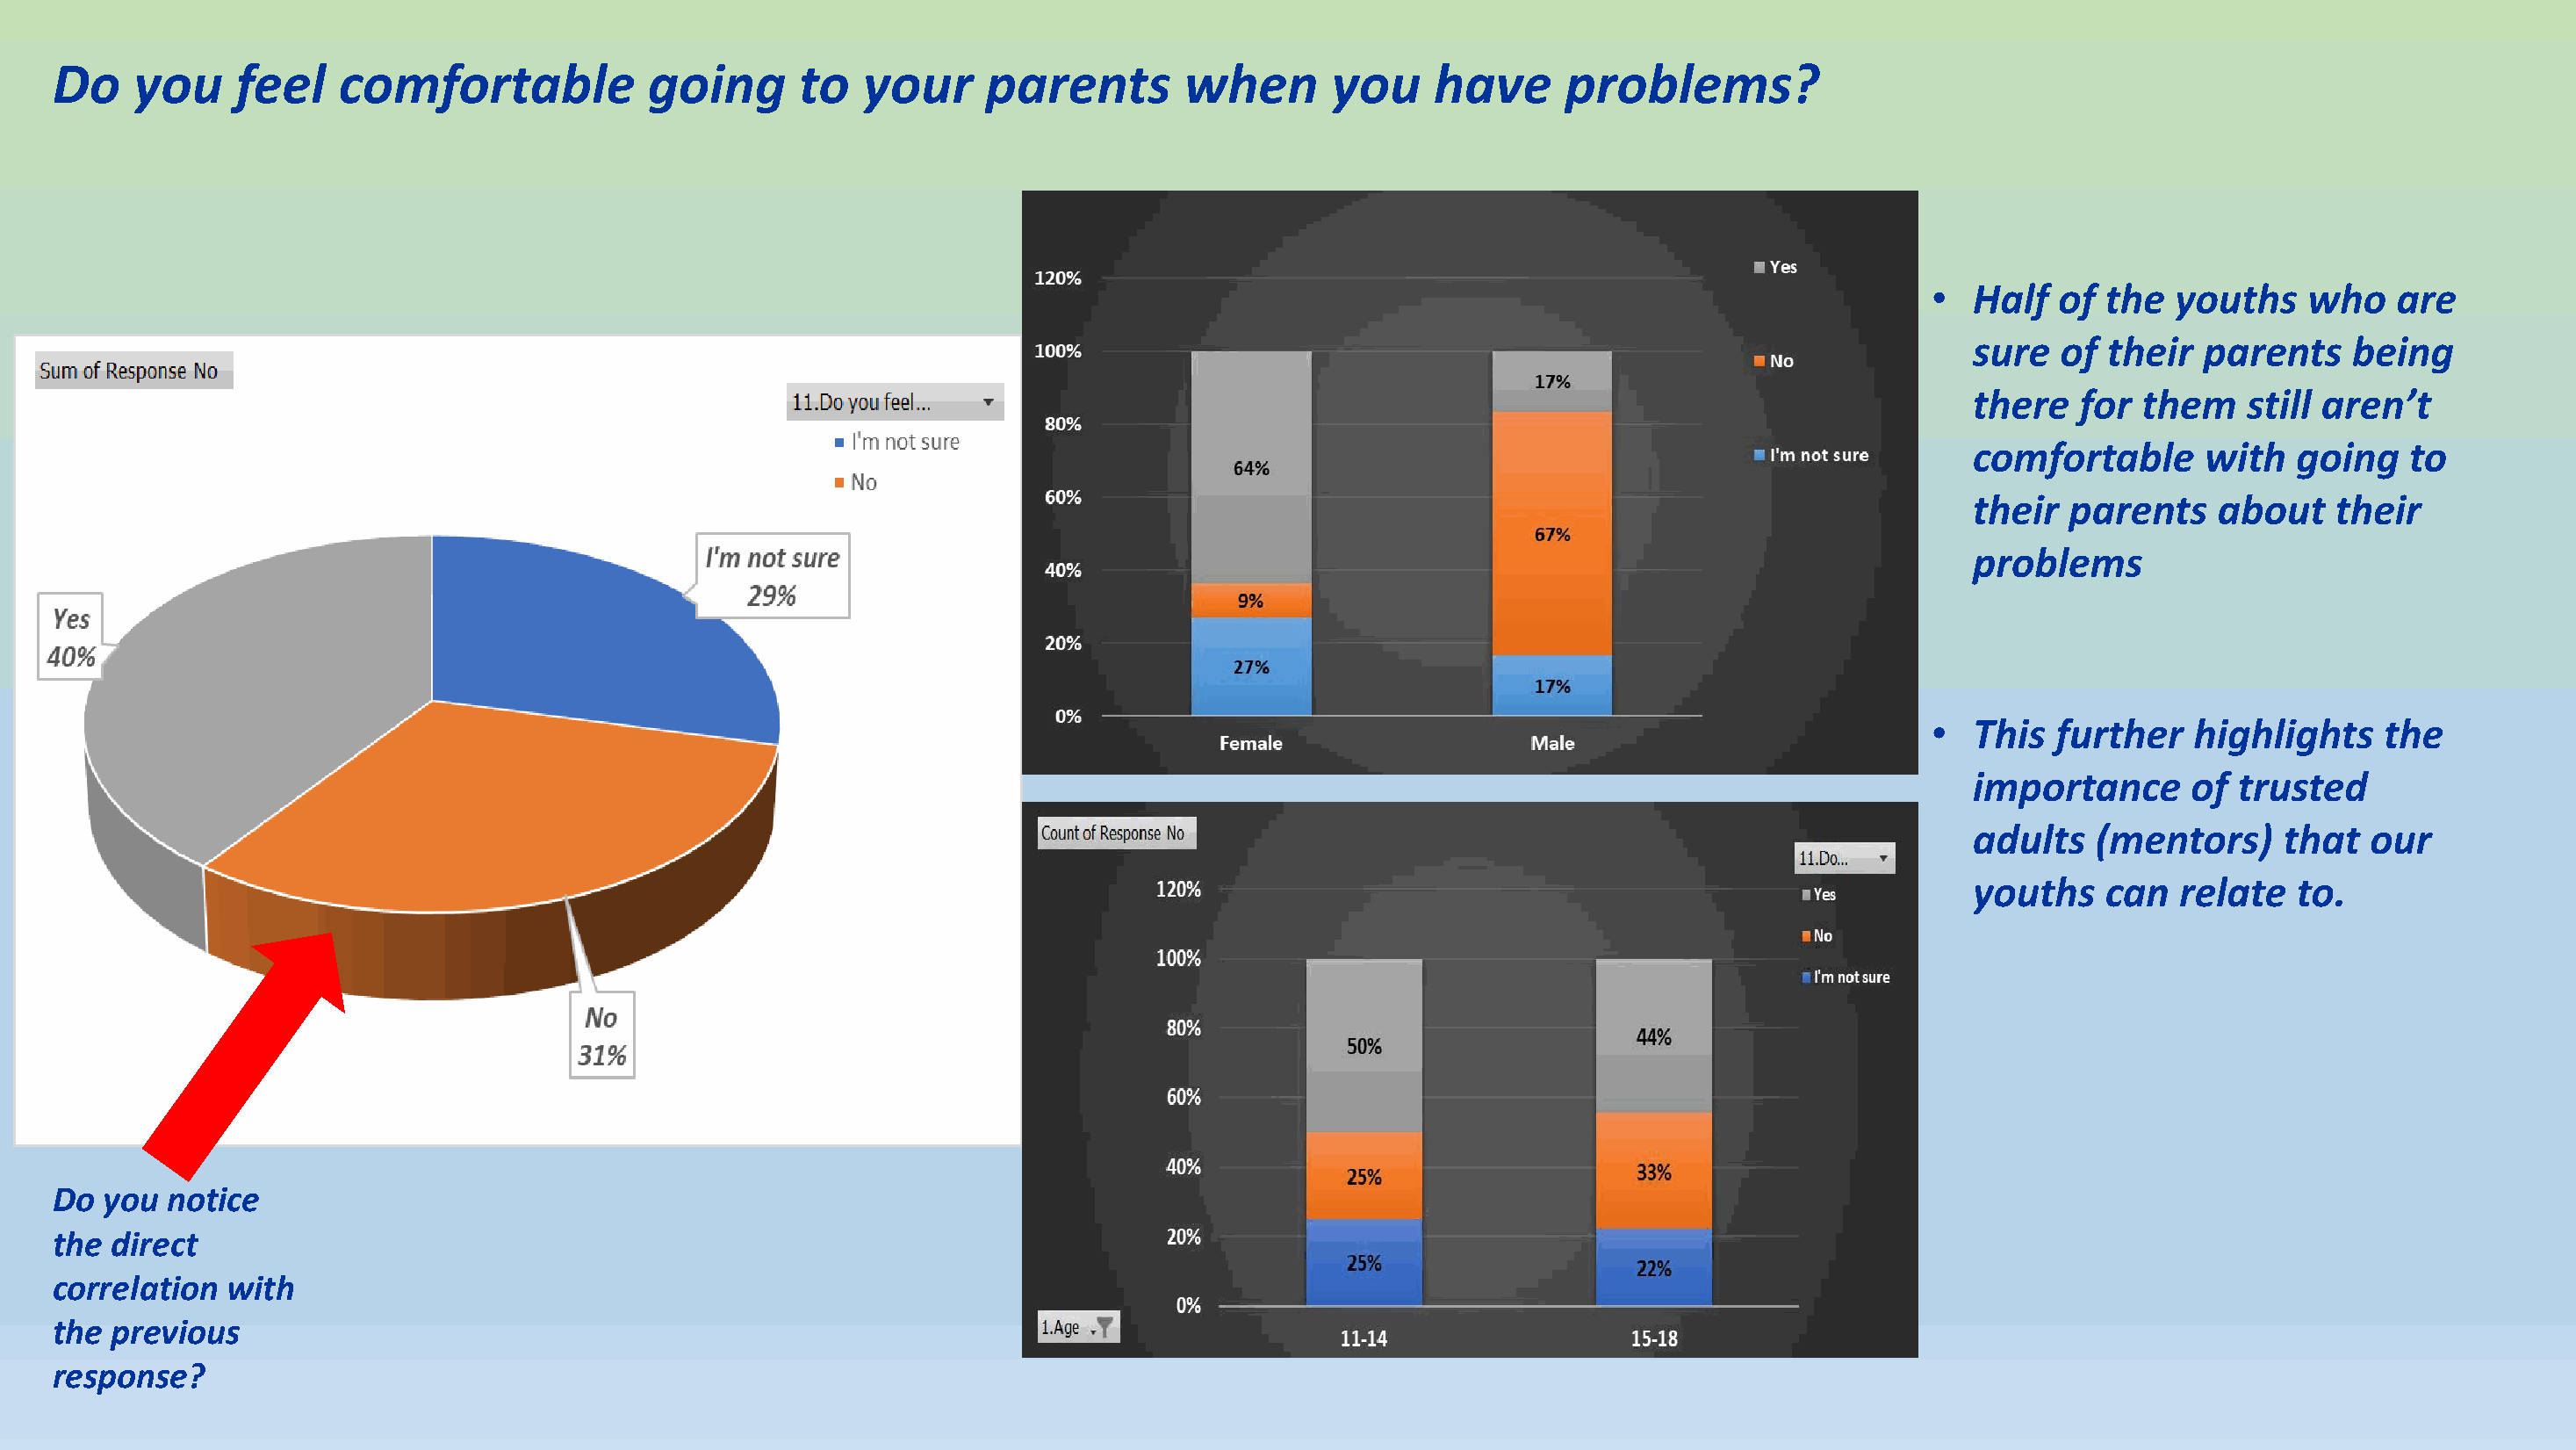
Do    you     feel    comfortable            going      to   your     parents        when       you     have      problems?
 •  Half  of  the  youths    who    are
 sure  of  their  parents    being
 there   for them    still aren’t
 comfortable      with   going    to
 their  parents    about    their
 problems
 •  This  further   highlights     the
 importance      of  trusted
 adults   (mentors)     that   our
 youths    can  relate   to.
 Do  you  notice
 the direct
 correlation  with
 the previous
 response?